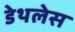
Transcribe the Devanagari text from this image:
डेथलेस